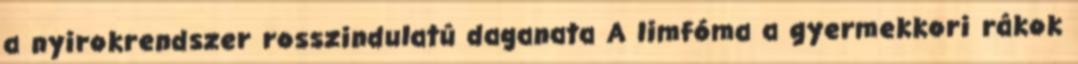
a nyirokrendszer rosszindulatú daganata A limfóma a gyermekkori rákok